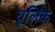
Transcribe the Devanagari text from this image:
यूलिंक